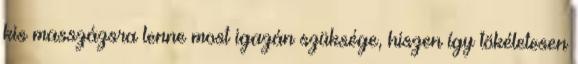
kis masszázsra lenne most igazán szüksége, hiszen így tökéletesen